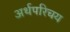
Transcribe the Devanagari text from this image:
अर्थपरिचय